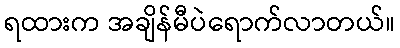
ရထားက အချိန်မီပဲရောက်လာတယ်။